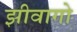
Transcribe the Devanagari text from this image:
झीवागो